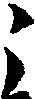
う